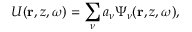
U ( { \bf r } , z , \omega ) = \sum _ { \nu } a _ { \nu } \Psi _ { \nu } ( { \bf r } , z , \omega ) ,